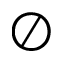
\oslash